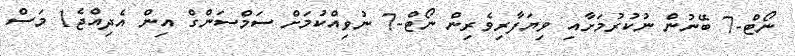
ނޯޓް-7 ބޭނުން ނުކުރުމަށާއި ވިޔަފާރިވެރިން ނޯޓް-7 ނުވިއްކުމަށް ސަމްސަންގް އިން އެދިއްޖެ1 މަސް